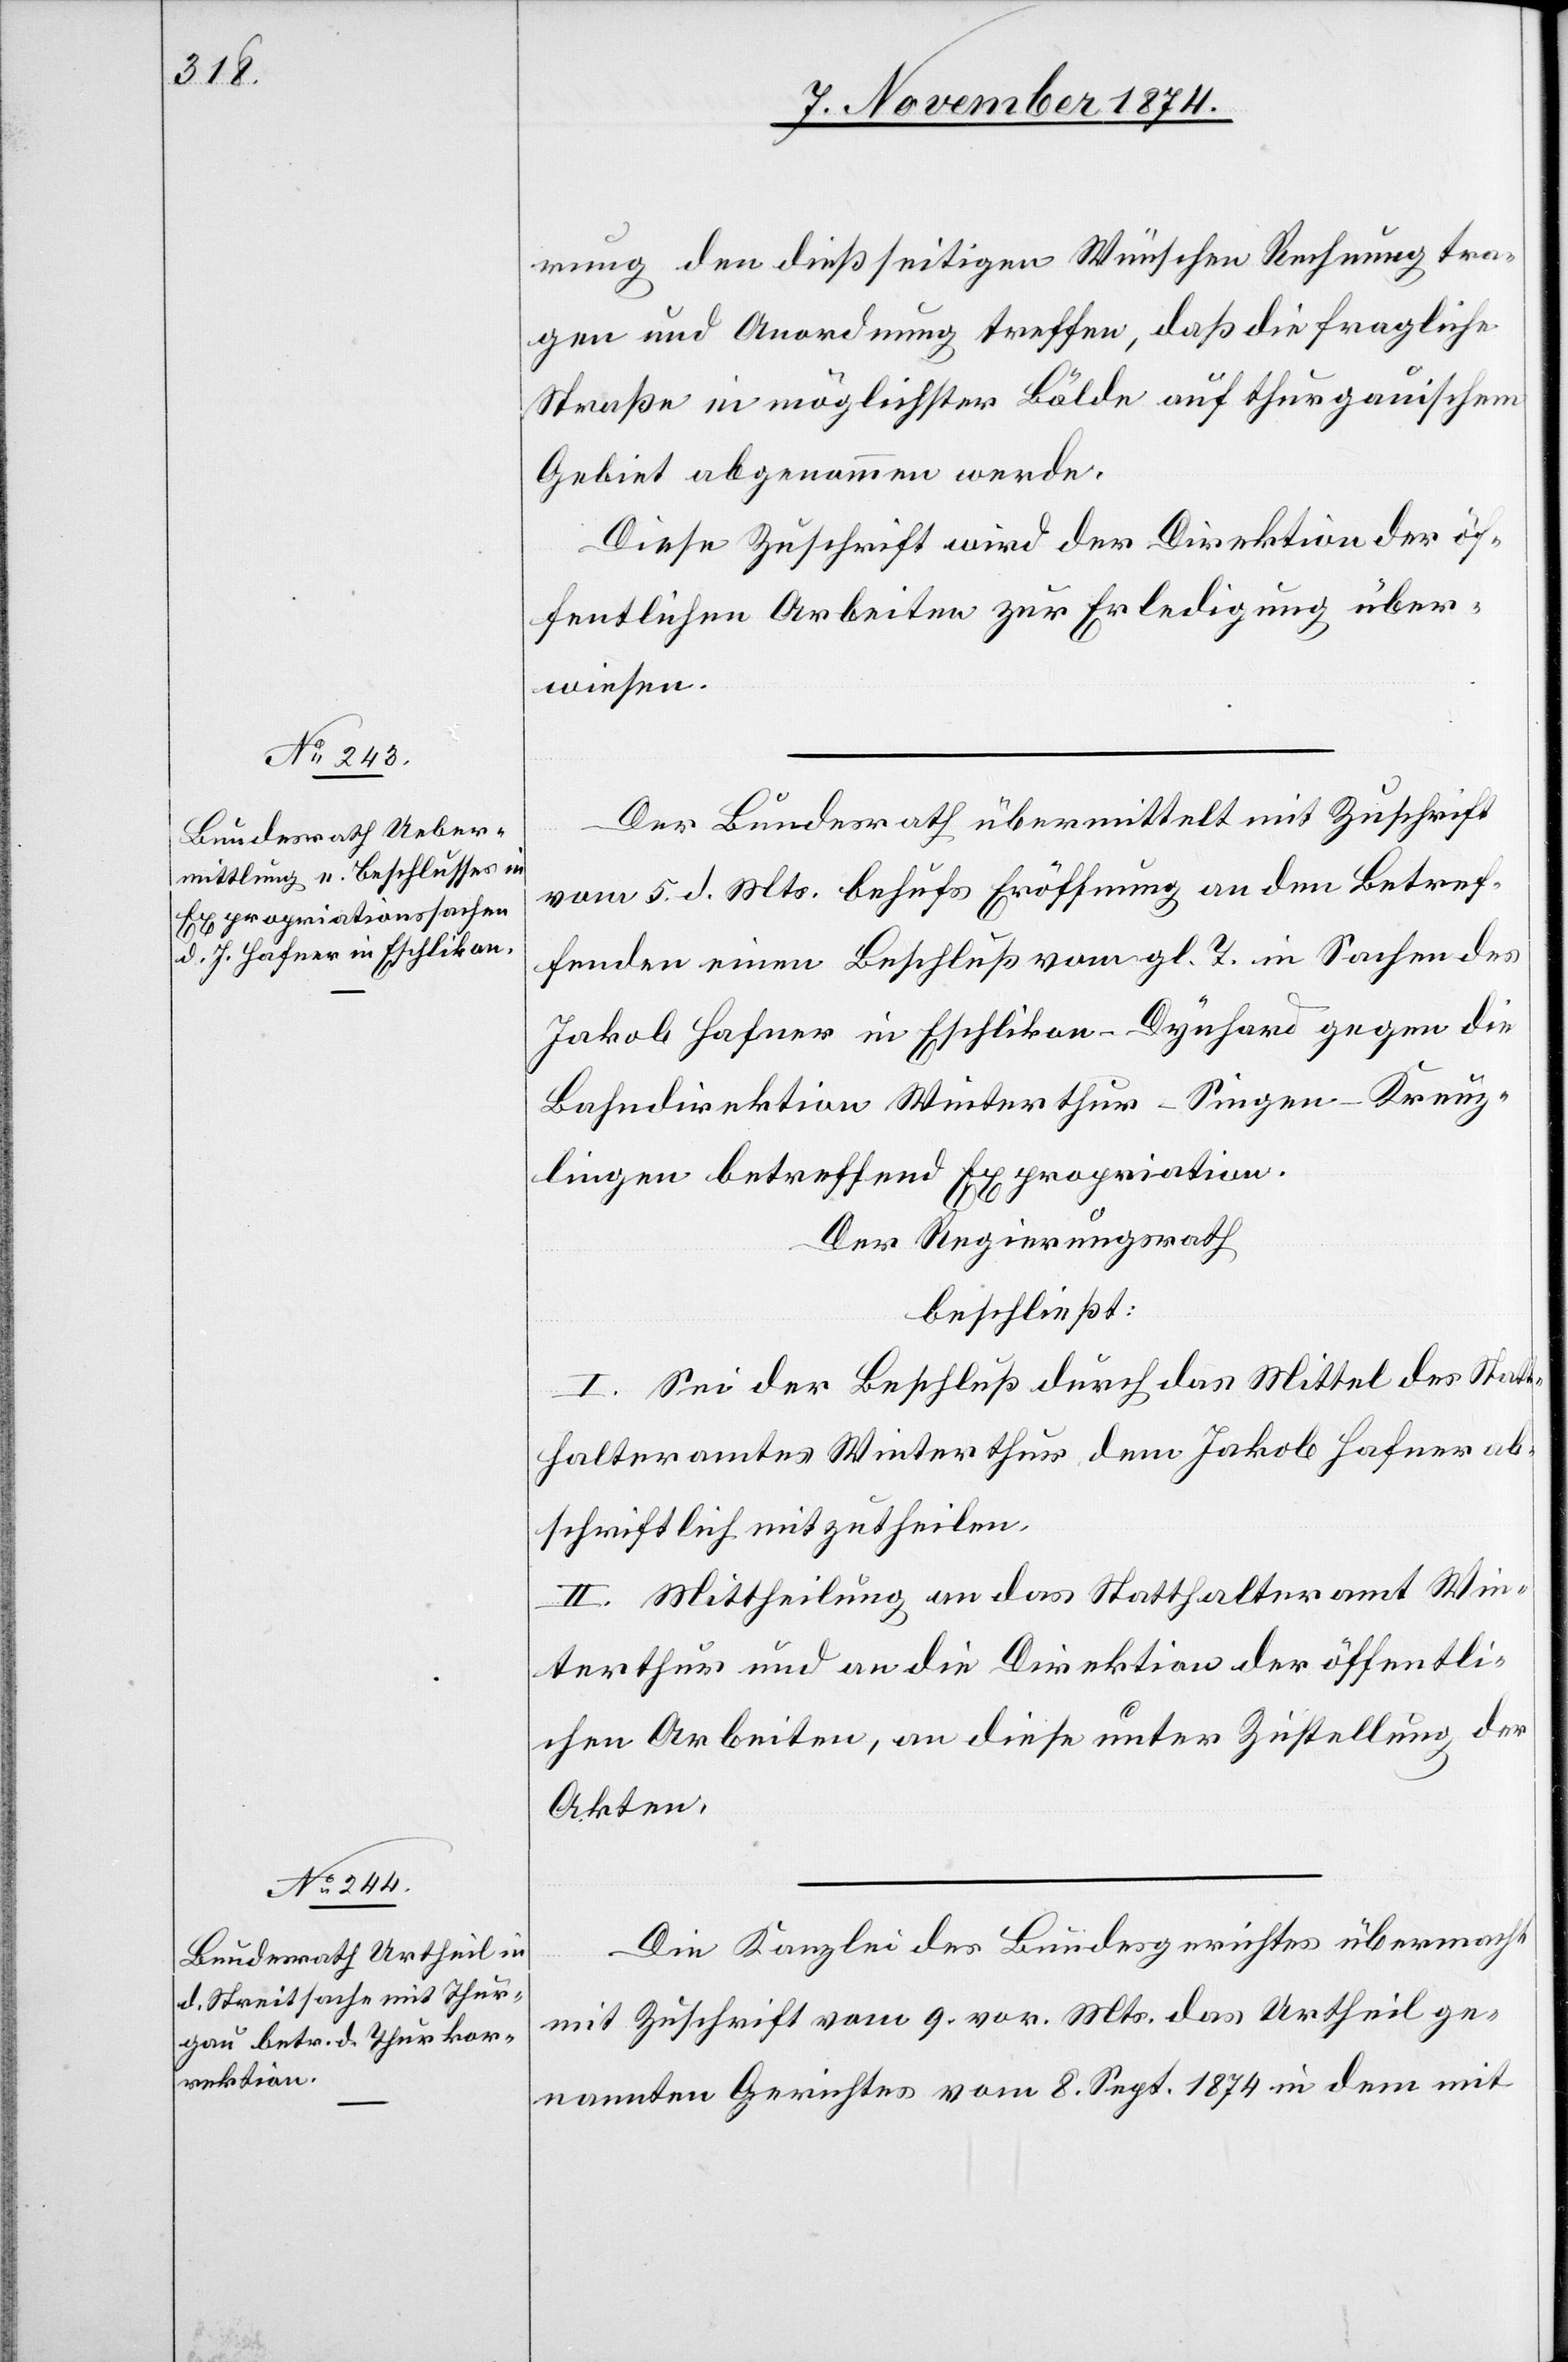
rung den dießseitigen Wünschen Rechnung tra¬
gen und Anordnung treffen, daß die fragliche
Straße in möglichster Bälde auf thurgauischem
Gebiet abgenommen werde.
Diese Zuschrift wird der Direktion der öf¬
fentlichen Arbeiten zur Erledigung über¬
wiesen.
Der Bundesrath übermittelt mit Zuschrift
vom 5. d. Mts. behufs Eröffnung an den Betref¬
fenden einen Beschluß vom gl. T. in Sachen des
Jakob Hafner in Eschlikon-Dynhard gegen die
Bahndirektion Winterthur–Singen–Kreuz¬
lingen betreffend Expropriation.
Der Regierungsrath
beschließt:
I. Sei der Beschluß durch das Mittel des Stat¬
thalteramtes Winterthur dem Jakob Hafner ab¬
schriftlich mitzutheilen.
II. Mittheilung an das Statthalteramt Win¬
terthur und an die Direktion der öffentli¬
chen Arbeiten, an diese unter Zustellung der
Akten.
Die Kanzlei des Bundesgerichtes übermachte
mit Zuschrift vom 9. vor. Mts. das Urtheil ge¬
nannten Gerichtes vom 8. Sept. 1874 in dem mit